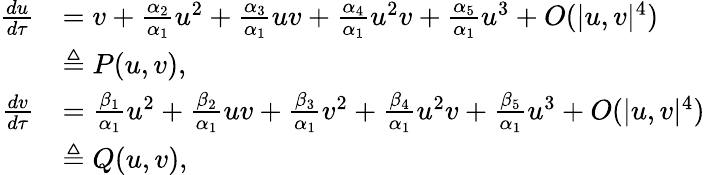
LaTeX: \begin{array}{rl}{\frac{du}{d\tau}}&{=v+\frac{\alpha_{2}}{\alpha_{1}}u^{2}+\frac{\alpha_{3}}{\alpha_{1}}uv+\frac{\alpha_{4}}{\alpha_{1}}u^{2}v+\frac{\alpha_{5}}{\alpha_{1}}u^{3}+O({|u,v|^{4}})}\\ &{\triangleq P(u,v),}\\ {\frac{dv}{d\tau}}&{=\frac{\beta_{1}}{\alpha_{1}}u^{2}+\frac{\beta_{2}}{\alpha_{1}}uv+\frac{\beta_{3}}{\alpha_{1}}v^{2}+\frac{\beta_{4}}{\alpha_{1}}u^{2}v+\frac{\beta_{5}}{\alpha_{1}}u^{3}+O({|u,v|^{4}})}\\ &{\triangleq Q(u,v),}\end{array}